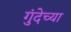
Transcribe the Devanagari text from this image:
गुंदेच्या